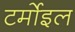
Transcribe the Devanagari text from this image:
टर्मोइल